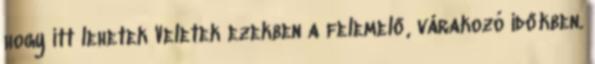
hogy itt lehetek Veletek ezekben a felemelő, várakozó időkben.